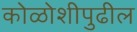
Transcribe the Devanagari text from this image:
कोळोशीपुढील